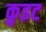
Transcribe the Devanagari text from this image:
कुइट